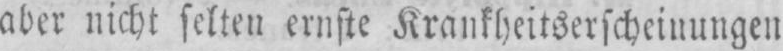
aber nicht selten ernste Krankheitserscheinungen